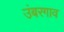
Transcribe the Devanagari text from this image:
उंबरगाव